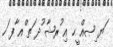
ަޔ ިޞއް ީޙ އި ުރޝާ ުދ ަތ ްއ ާފ ަހ